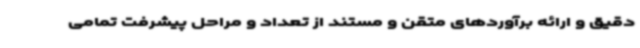
دقیق و ارائه برآوردهای متقن و مستند از تعداد و مراحل پیشرفت تمامی